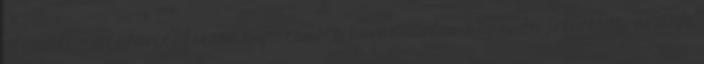
elemzői magatartásforma nem csak a bevándorlás kapcsán jellemző, hanem